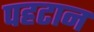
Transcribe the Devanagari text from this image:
पहटान